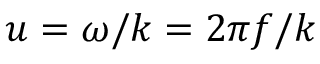
u = \omega / k = 2 \pi f / k